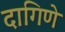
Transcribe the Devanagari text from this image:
दागिणे